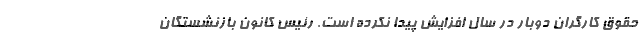
حقوق کارگران دوبار در سال افزایش پیدا نکرده است. رئیس کانون بازنشستگان